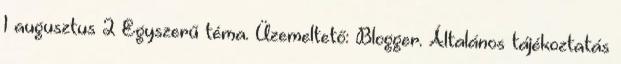
1 augusztus 2 Egyszerű téma. Üzemeltető: Blogger. Általános tájékoztatás